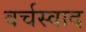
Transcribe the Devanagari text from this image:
वर्चस्वाद